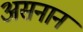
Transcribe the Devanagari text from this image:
असनान